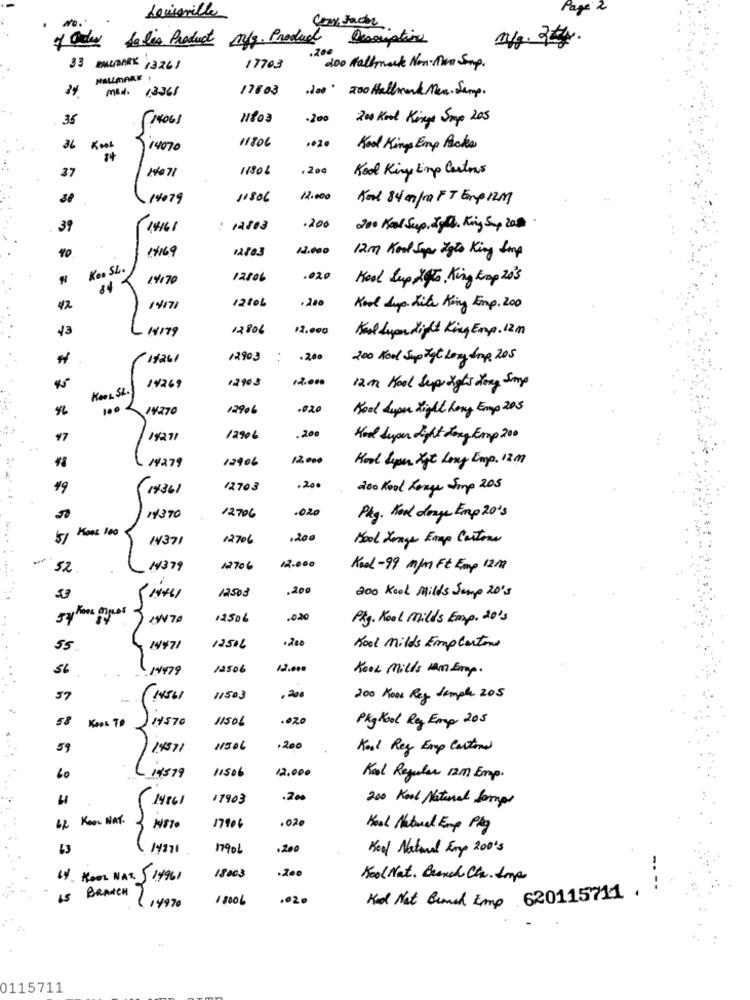
Louisville
Page 2
Ceny factor
of July Sales Product m/s. Product
Decorative
n/g. 2kg.
33 EMUMARK 13261
17703
doo Hallmark Non- Man Somp.
HALLMARK !
24
med. 13365
17003
.200 . 200 Hallmark Men. Semp.
35
1406)
1803
.200
200 Kool Kings Smp 205
11806
3L
14070
Kool Kings Emp Books
14071
11806
Kool Kiny Limp Cartons
37
14079
11806
12.000
Kool 84 mm/10 FT Emp12m
39
14161
: 12803
.200
200 Kcal Sup. Ight. King Sp 20#.
14169
12803
12.000
12m Kool Sopp Zato King Smp
Kon SL.
14170
12806
.020
Kool Sup 2 5to, King krop 20's
12806
. 200
42
14171
Kool Sup. Lite King Emp. 200
43
14179
12806
12.000
Kool Lyon Night King Emp. 12 m
14261
12903
. .
.200
200 Kool Sup TyC Lery Sup 205
45
12903
12.000
KOOL St .
1.4269
12 m Kool Sup Lights Long Sop
100
14270
12906
.020
Kool Super Light Long Emp 205
¥7
14271
12906
.200
Kod hyper Light Long Emp 200
14279
12906
12.000
Kool hyper Tye Long imp. 120
19
14361
12703
.200
200 Kool Lenge Jump 205
.020
50
14370
12706
Pkg. Kool dongs Emp 20's
Hont leo
51
I4371
12706
,200
Kool Longe Enap Cartons
52
14379
12706
12.000
Kool-99 m/m Ft Emp 1212
,200
53
14461
12508
200 Kool Milds Jump 20's
1470
12506
.020
Pkg. Kool Milds Emp. 20's
55
14471
12516
Kool Milds Emplartone
56
19479
12.000
Kook Mills Mm Emp.
57
11503
.200
200 Koos Reg Sample 205
58
14570
11506
.020
Pkg Kool Rey Emp 205
59
14571
11506
.200
Kool Reg Emp Cartina
14579
11506
12.000
60
Kool Regular 1211 Emp.
14861
17903
.200
200 Kool Natural Sompr
62 KOOL NAT.
.020
NETO
17906
Kool Natural Emp Pkg
14371
17906
.200
Keel Natural Erp 200's
.200
64. KOOL NAT. 5 14961
18003
Kool Nat. Branch Chr. Smp
15 BRANCH
2,4970
1 8006
.02.
Ked Not Bemed Emp 620115711 .
0115711